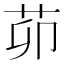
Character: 茆